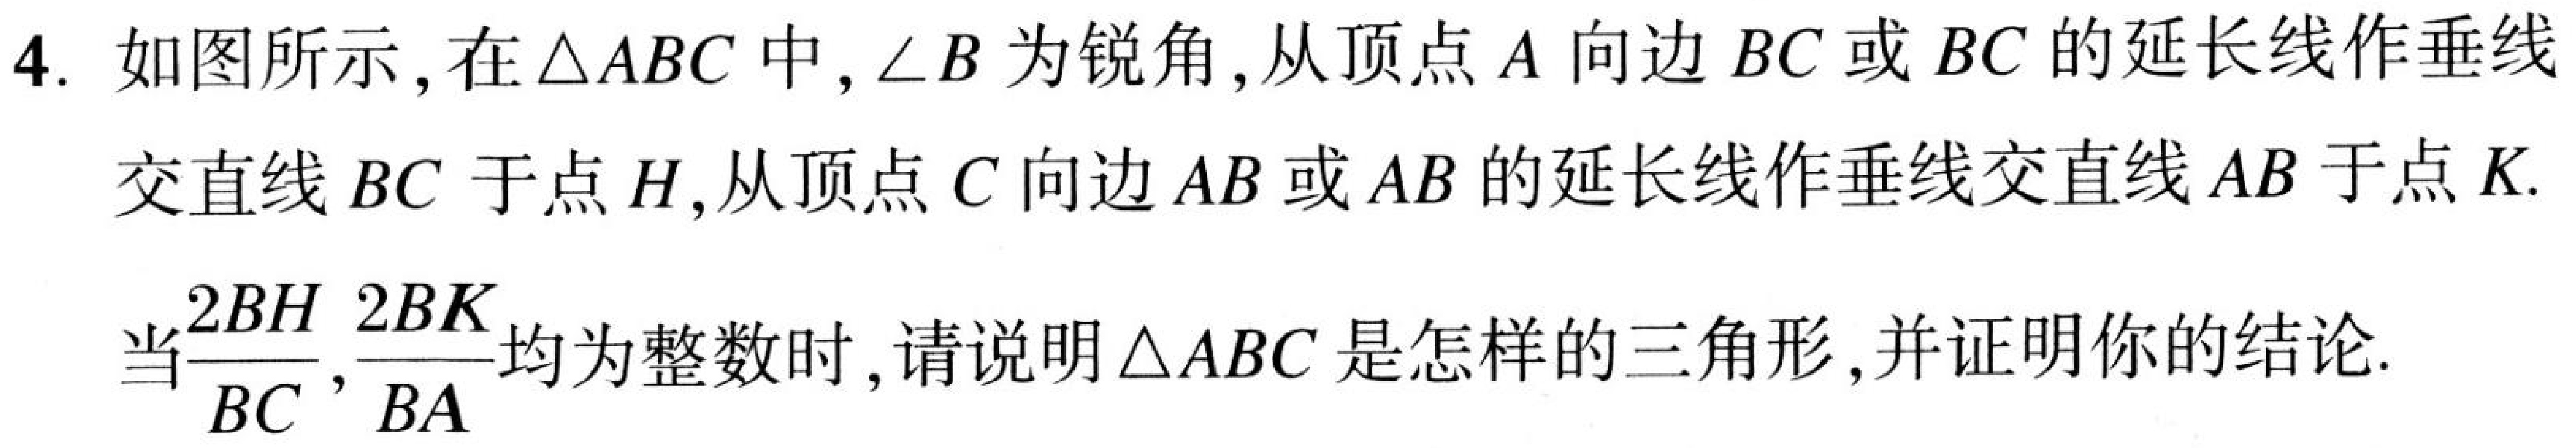
4. 如图所示，在 \(\triangle ABC\) 中，\(\angle B\) 为锐角，从顶点 \(A\) 向边 \(BC\) 或 \(BC\) 的延长线作垂线交直线 \(BC\) 于点 \(H\)，从顶点 \(C\) 向边 \(AB\) 或 \(AB\) 的延长线作垂线交直线 \(AB\) 于点 \(K\).
当\(\frac{2BH}{BC},\frac{2BK}{BA}\)均为整数时，请说明 \(\triangle ABC\) 是怎样的三角形，并证明你的结论.